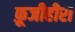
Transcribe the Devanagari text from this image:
फ़ूजीहीरा